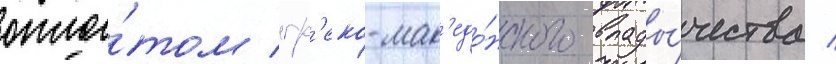
опло́том гр'еко-мак'едо́нского влады́чества /